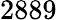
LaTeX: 2889